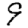
Digit: 9